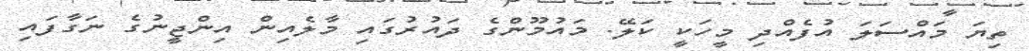
ތިޔަ މައްސަލަ އުފެއްދި މީހަކީ ކަލޭ. މައުމޫންގެ ދައުރުގައި މާލެއިން އިންޖީނުގެ ނަގާފައި